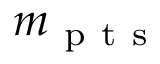
m _ { \mathrm { ~ p ~ t ~ s ~ } }